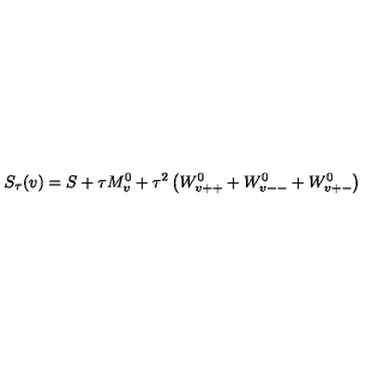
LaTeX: S _ { \tau } ( v ) = S + \tau M _ { v } ^ { 0 } + \tau ^ { 2 } \left( W _ { v + + } ^ { 0 } + W _ { v -- } ^ { 0 } + W _ { v + - } ^ { 0 } \right)